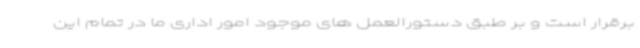
برقرار است و بر طبق دستورالعمل های موجود امور اداری ما در تمام این